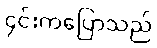
၄င်းကပြောသည်